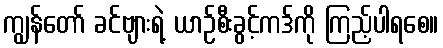
ကျွန်တော် ခင်ဗျားရဲ့ ယာဉ်စီးခွင့်ကဒ်ကို ကြည့်ပါရစေ။